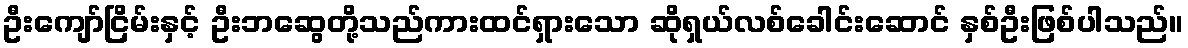
ဦးကျော်ငြိမ်းနှင့် ဦးဘဆွေတို့သည်ကားထင်ရှားသော ဆိုရှယ်လစ်ခေါင်းဆောင် နှစ်ဦးဖြစ်ပါသည်။